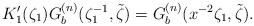
LaTeX: \begin{align*}K'_{1}(\zeta_1 )G_{b}^{(n)} ( \zeta_{1}^{-1}, \tilde{\zeta})=G_{b}^{(n)} (x^{-2}\zeta_{1}, \tilde{\zeta}). \end{align*}